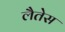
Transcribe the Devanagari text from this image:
लैतेस